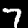
Digit: 7